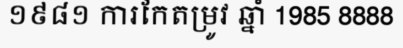
១៩៨១ ការកែតម្រូវ ឆ្នាំ 1985 8888